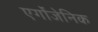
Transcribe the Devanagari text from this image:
एर्गोजेनिक